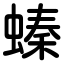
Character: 螓